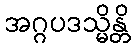
အဂ္ဂပဒသ္မိန္တိ